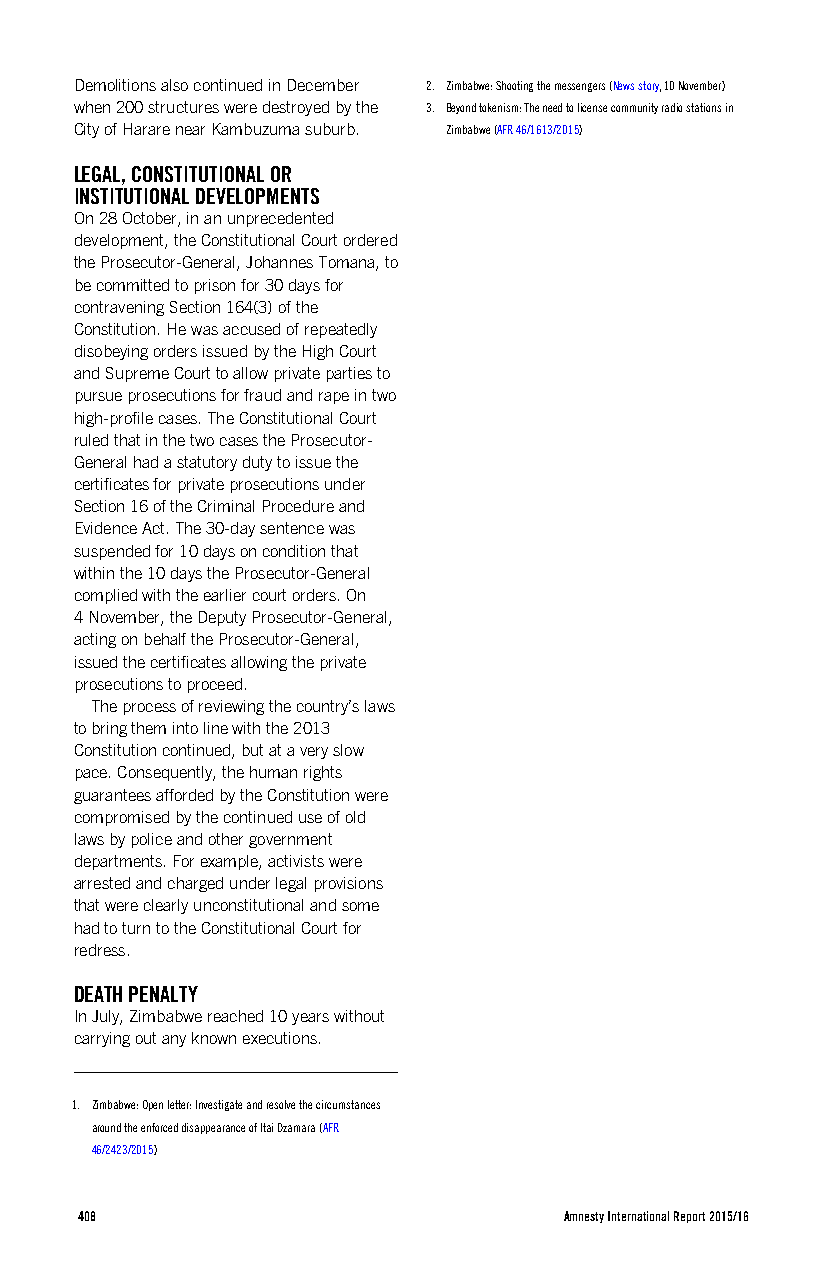
Demolitions also continued in December 2. Zimbabwe: Shooting the messengers (News story, 10 November)
 when 200 structures were destroyed by the 3. Beyond tokenism: The need to license community radio stations in
 City of Harare near Kambuzuma suburb. Zimbabwe (AFR 46/1613/2015)
 LEGAL, CONSTITUTIONAL OR
 INSTITUTIONAL DEVELOPMENTS
 On 28 October, in an unprecedented
 development, the Constitutional Court ordered
 the Prosecutor-General, Johannes Tomana, to
 be committed to prison for 30 days for
 contravening Section 164(3) of the
 Constitution. He was accused of repeatedly
 disobeying orders issued by the High Court
 and Supreme Court to allow private parties to
 pursue prosecutions for fraud and rape in two
 high-profile cases. The Constitutional Court
 ruled that in the two cases the Prosecutor-
 General had a statutory duty to issue the
 certificates for private prosecutions under
 Section 16 of the Criminal Procedure and
 Evidence Act. The 30-day sentence was
 suspended for 10 days on condition that
 within the 10 days the Prosecutor-General
 complied with the earlier court orders. On
 4 November, the Deputy Prosecutor-General,
 acting on behalf the Prosecutor-General,
 issued the certificates allowing the private
 prosecutions to proceed.
 The process of reviewing the country’s laws
 to bring them into line with the 2013
 Constitution continued, but at a very slow
 pace. Consequently, the human rights
 guarantees afforded by the Constitution were
 compromised by the continued use of old
 laws by police and other government
 departments. For example, activists were
 arrested and charged under legal provisions
 that were clearly unconstitutional and some
 had to turn to the Constitutional Court for
 redress.
 DEATH PENALTY
 In July, Zimbabwe reached 10 years without
 carrying out any known executions.
 1. Zimbabwe: Open letter: Investigate and resolve the circumstances
 around the enforced disappearance of Itai Dzamara (AFR
 46/2423/2015)
 408                             Amnesty International Report 2015/16